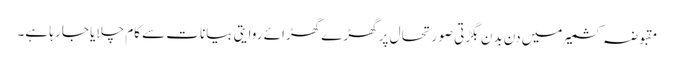
مقبوضہ کشمیر میں دن بدن بگڑتی صو ر تحا ل پر گھڑے گھڑائے روایتی بیانات سے کام چلایا جا رہا ہے۔